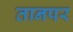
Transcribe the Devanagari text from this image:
तानपर